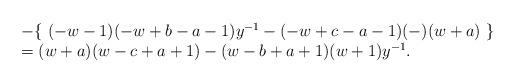
LaTeX: \begin{align*}\begin{array}{l} -\{\ (-w-1)(-w+b-a-1)y^{-1}-(-w+c-a-1)(-)(w+a)\ \}\\ =(w+a)(w-c+a+1)-(w-b+a+1)(w+1)y^{-1}.\end{array}\end{align*}